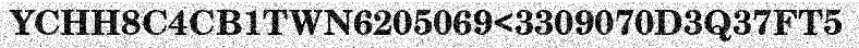
YCHH8C4CB1TWN6205069<3309070D3Q37FT5